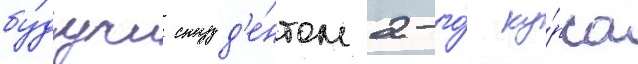
бу́дучи студ'е́нтом 2-го́ ку́рса